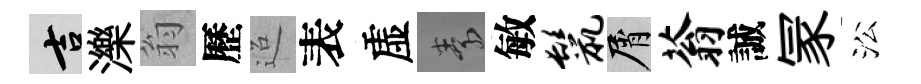
吉濼翁歷迢表虚素敏鬣屑蓊誠冡㳂